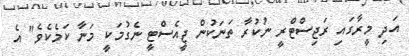
އަދި މީރާގައި ރަޖިސްޓްރީ ނުކުރާ ތަނަކުން ޖީއެސްޓީ ނެގުމަކީ މަނާ ކަމެކެވެ" އެ